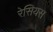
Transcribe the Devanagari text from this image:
रेसियस